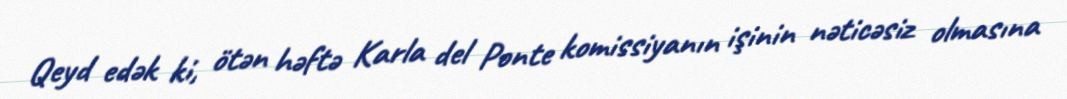
Qeyd edək ki, ötən həftə Karla del Ponte komissiyanın işinin nəticəsiz olmasına